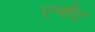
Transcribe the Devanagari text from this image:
एन्शेंट